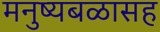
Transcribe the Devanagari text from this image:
मनुष्यबळासह